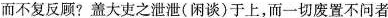
而不复反顾?盖大吏之泄泄(闲谈)于上，而一切废置不问者